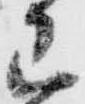
主